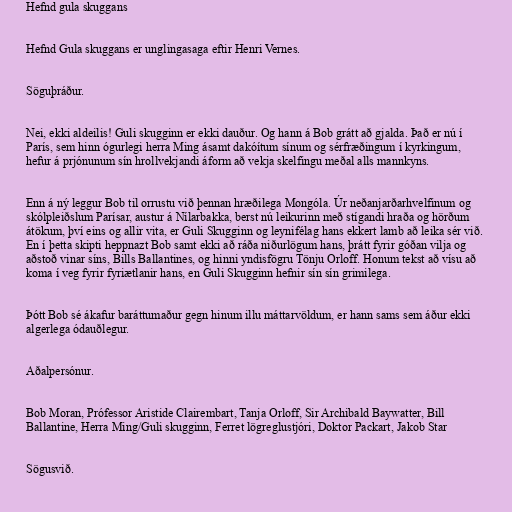
Hefnd gula skuggans

Hefnd Gula skuggans er unglingasaga eftir Henri Vernes.

Söguþráður.

Nei, ekki aldeilis! Guli skugginn er ekki dauður. Og hann á Bob grátt að gjalda. Það er nú í
París, sem hinn ógurlegi herra Ming ásamt dakóítum sínum og sérfræðingum í kyrkingum,
hefur á prjónunum sín hrollvekjandi áform að vekja skelfingu meðal alls mannkyns.

Enn á ný leggur Bob til orrustu við þennan hræðilega Mongóla. Úr neðanjarðarhvelfinum og
skólpleiðslum Parísar, austur á Nílarbakka, berst nú leikurinn með stígandi hraða og hörðum
átökum, því eins og allir vita, er Guli Skugginn og leynifélag hans ekkert lamb að leika sér við.
En í þetta skipti heppnazt Bob samt ekki að ráða niðurlögum hans, þrátt fyrir góðan vilja og
aðstoð vinar síns, Bills Ballantines, og hinni yndisfögru Tönju Orloff. Honum tekst að vísu að
koma í veg fyrir fyriætlanir hans, en Guli Skugginn hefnir sín sín grimilega.

Þótt Bob sé ákafur baráttumaður gegn hinum illu máttarvöldum, er hann sams sem áður ekki
algerlega ódauðlegur.

Aðalpersónur.

Bob Moran, Prófessor Aristide Clairembart, Tanja Orloff, Sir Archibald Baywatter, Bill
Ballantine, Herra Ming/Guli skugginn, Ferret lögreglustjóri, Doktor Packart, Jakob Star

Sögusvið.